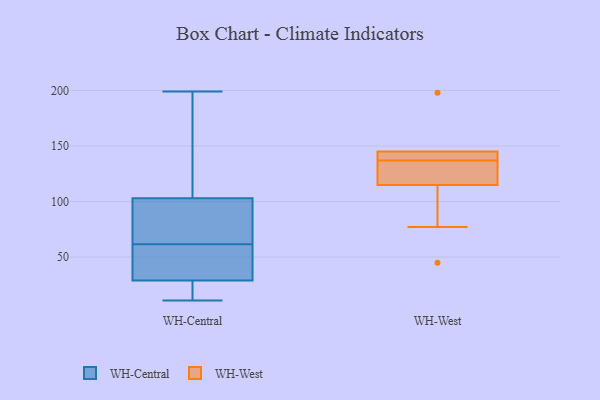
{"axis": {"x": "Demand Index", "y": "Value"}, "legend": ["WH-Central", "WH-West"], "data": [{"x": "", "y": 58, "type": "WH-Central"}, {"x": "", "y": 46, "type": "WH-Central"}, {"x": "", "y": 65, "type": "WH-Central"}, {"x": "", "y": 199, "type": "WH-Central"}, {"x": "", "y": 100, "type": "WH-Central"}, {"x": "", "y": 144, "type": "WH-Central"}, {"x": "", "y": 103, "type": "WH-Central"}, {"x": "", "y": 11, "type": "WH-Central"}, {"x": "", "y": 29, "type": "WH-Central"}, {"x": "", "y": 11, "type": "WH-Central"}, {"x": "", "y": 145, "type": "WH-West"}, {"x": "", "y": 198, "type": "WH-West"}, {"x": "", "y": 141, "type": "WH-West"}, {"x": "", "y": 142, "type": "WH-West"}, {"x": "", "y": 120, "type": "WH-West"}, {"x": "", "y": 133, "type": "WH-West"}, {"x": "", "y": 115, "type": "WH-West"}, {"x": "", "y": 45, "type": "WH-West"}, {"x": "", "y": 77, "type": "WH-West"}, {"x": "", "y": 145, "type": "WH-West"}]}